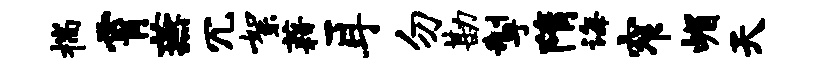
揣霄燕冗絮藉耳勿勘掣隋诲窄嵋天